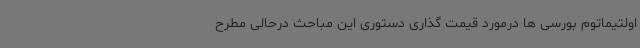
اولتیماتوم بورسی ها درمورد قیمت گذاری دستوری این مباحث درحالی مطرح